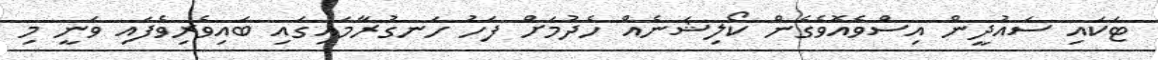
ޓަކައި ސައުދީން އިސްވެއޮވެގެން ކޯލިޝަނެއް ހެދުމަށް ފަހު ހަނގުރާމައިގައި ބައިވެރިވެފައި ވަނީ މި